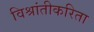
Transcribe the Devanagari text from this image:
विश्रांतीकरिता